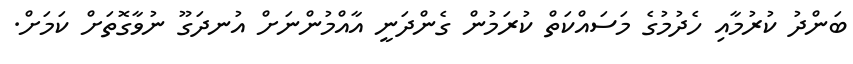
ބަންދު ކުރުމާއި ހެދުމުގެ މަސައްކަތް ކުރަމުން ގެންދަނީ އާއްމުންނަށް އުނދަގޫ ނުވާގޮތަށް ކަމަށް.